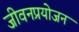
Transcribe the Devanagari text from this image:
जीवनप्रयोजन